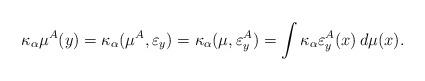
LaTeX: \begin{align*}\kappa_\alpha\mu^A(y)=\kappa_\alpha(\mu^A,\varepsilon_y)=\kappa_\alpha(\mu,\varepsilon^A_y)=\int\kappa_\alpha\varepsilon^A_y(x)\,d\mu(x).\end{align*}